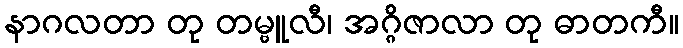
နာဂလတာ တု တမ္ဗူလီ၊ အဂ္ဂိဇာလာ တု ဓာတကီ။